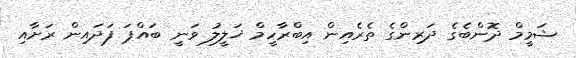
ޝަމީމް ދޮންބެގެ ދަރިންގެ ތެރެއިން އިބްރާހީމް ޚަލީލު ވަނީ ބައްޕަ ފަދައިން ރަށާއި